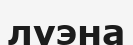
луэна